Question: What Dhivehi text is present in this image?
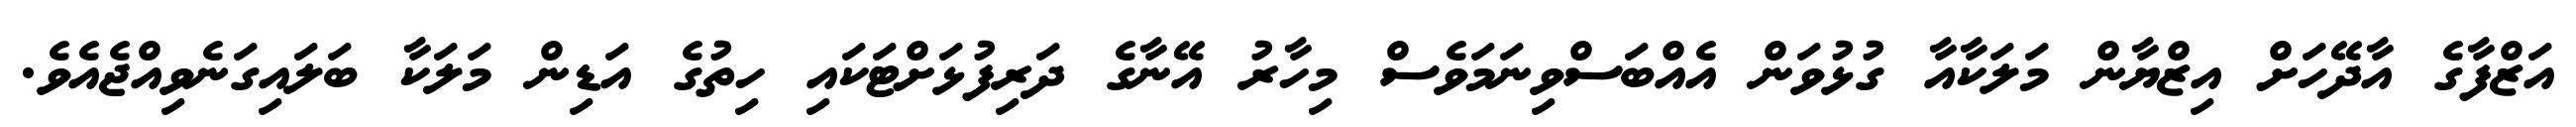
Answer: އަޒްފާގެ އާދޭހަށް އިޒްޔާން މަލަކާއާ ގުޅުވަން އެއްބަސްވިނަމަވެސް މިހާރު އޭނާގެ ދަރިފުޅަށްޓަކައި ހިތުގެ އަޑިން މަލަކާ ބަލައިގަނެވިއްޖެއެވެ.